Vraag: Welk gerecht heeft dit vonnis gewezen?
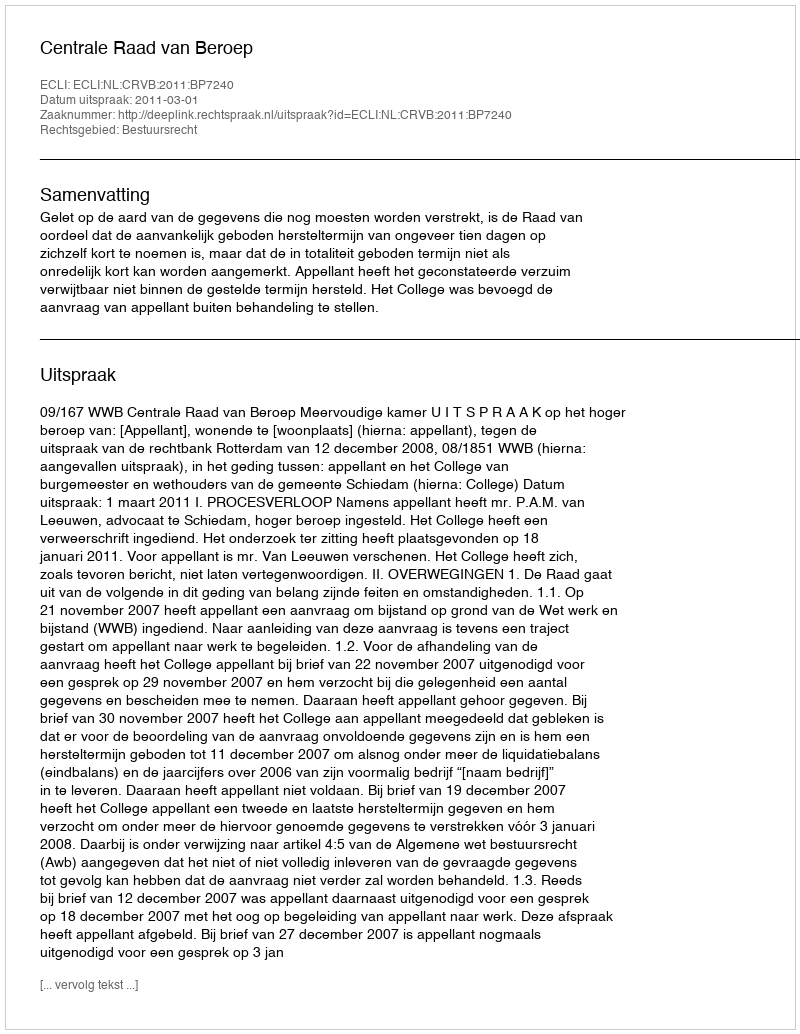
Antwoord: Centrale Raad van Beroep